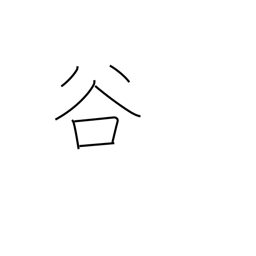
Meaning: valley